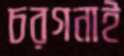
চরগনাই